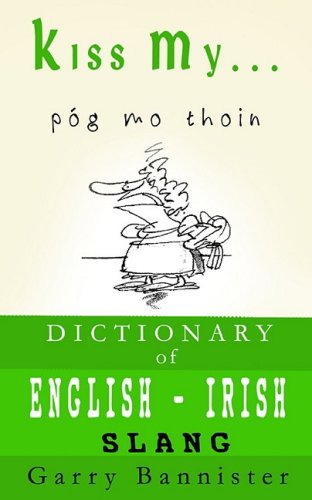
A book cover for Kiss My ...: A Dictionary of English-Irish Slang; Garry Bannister; Reference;